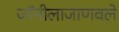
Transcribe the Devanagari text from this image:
जॉनीलाजाणवले